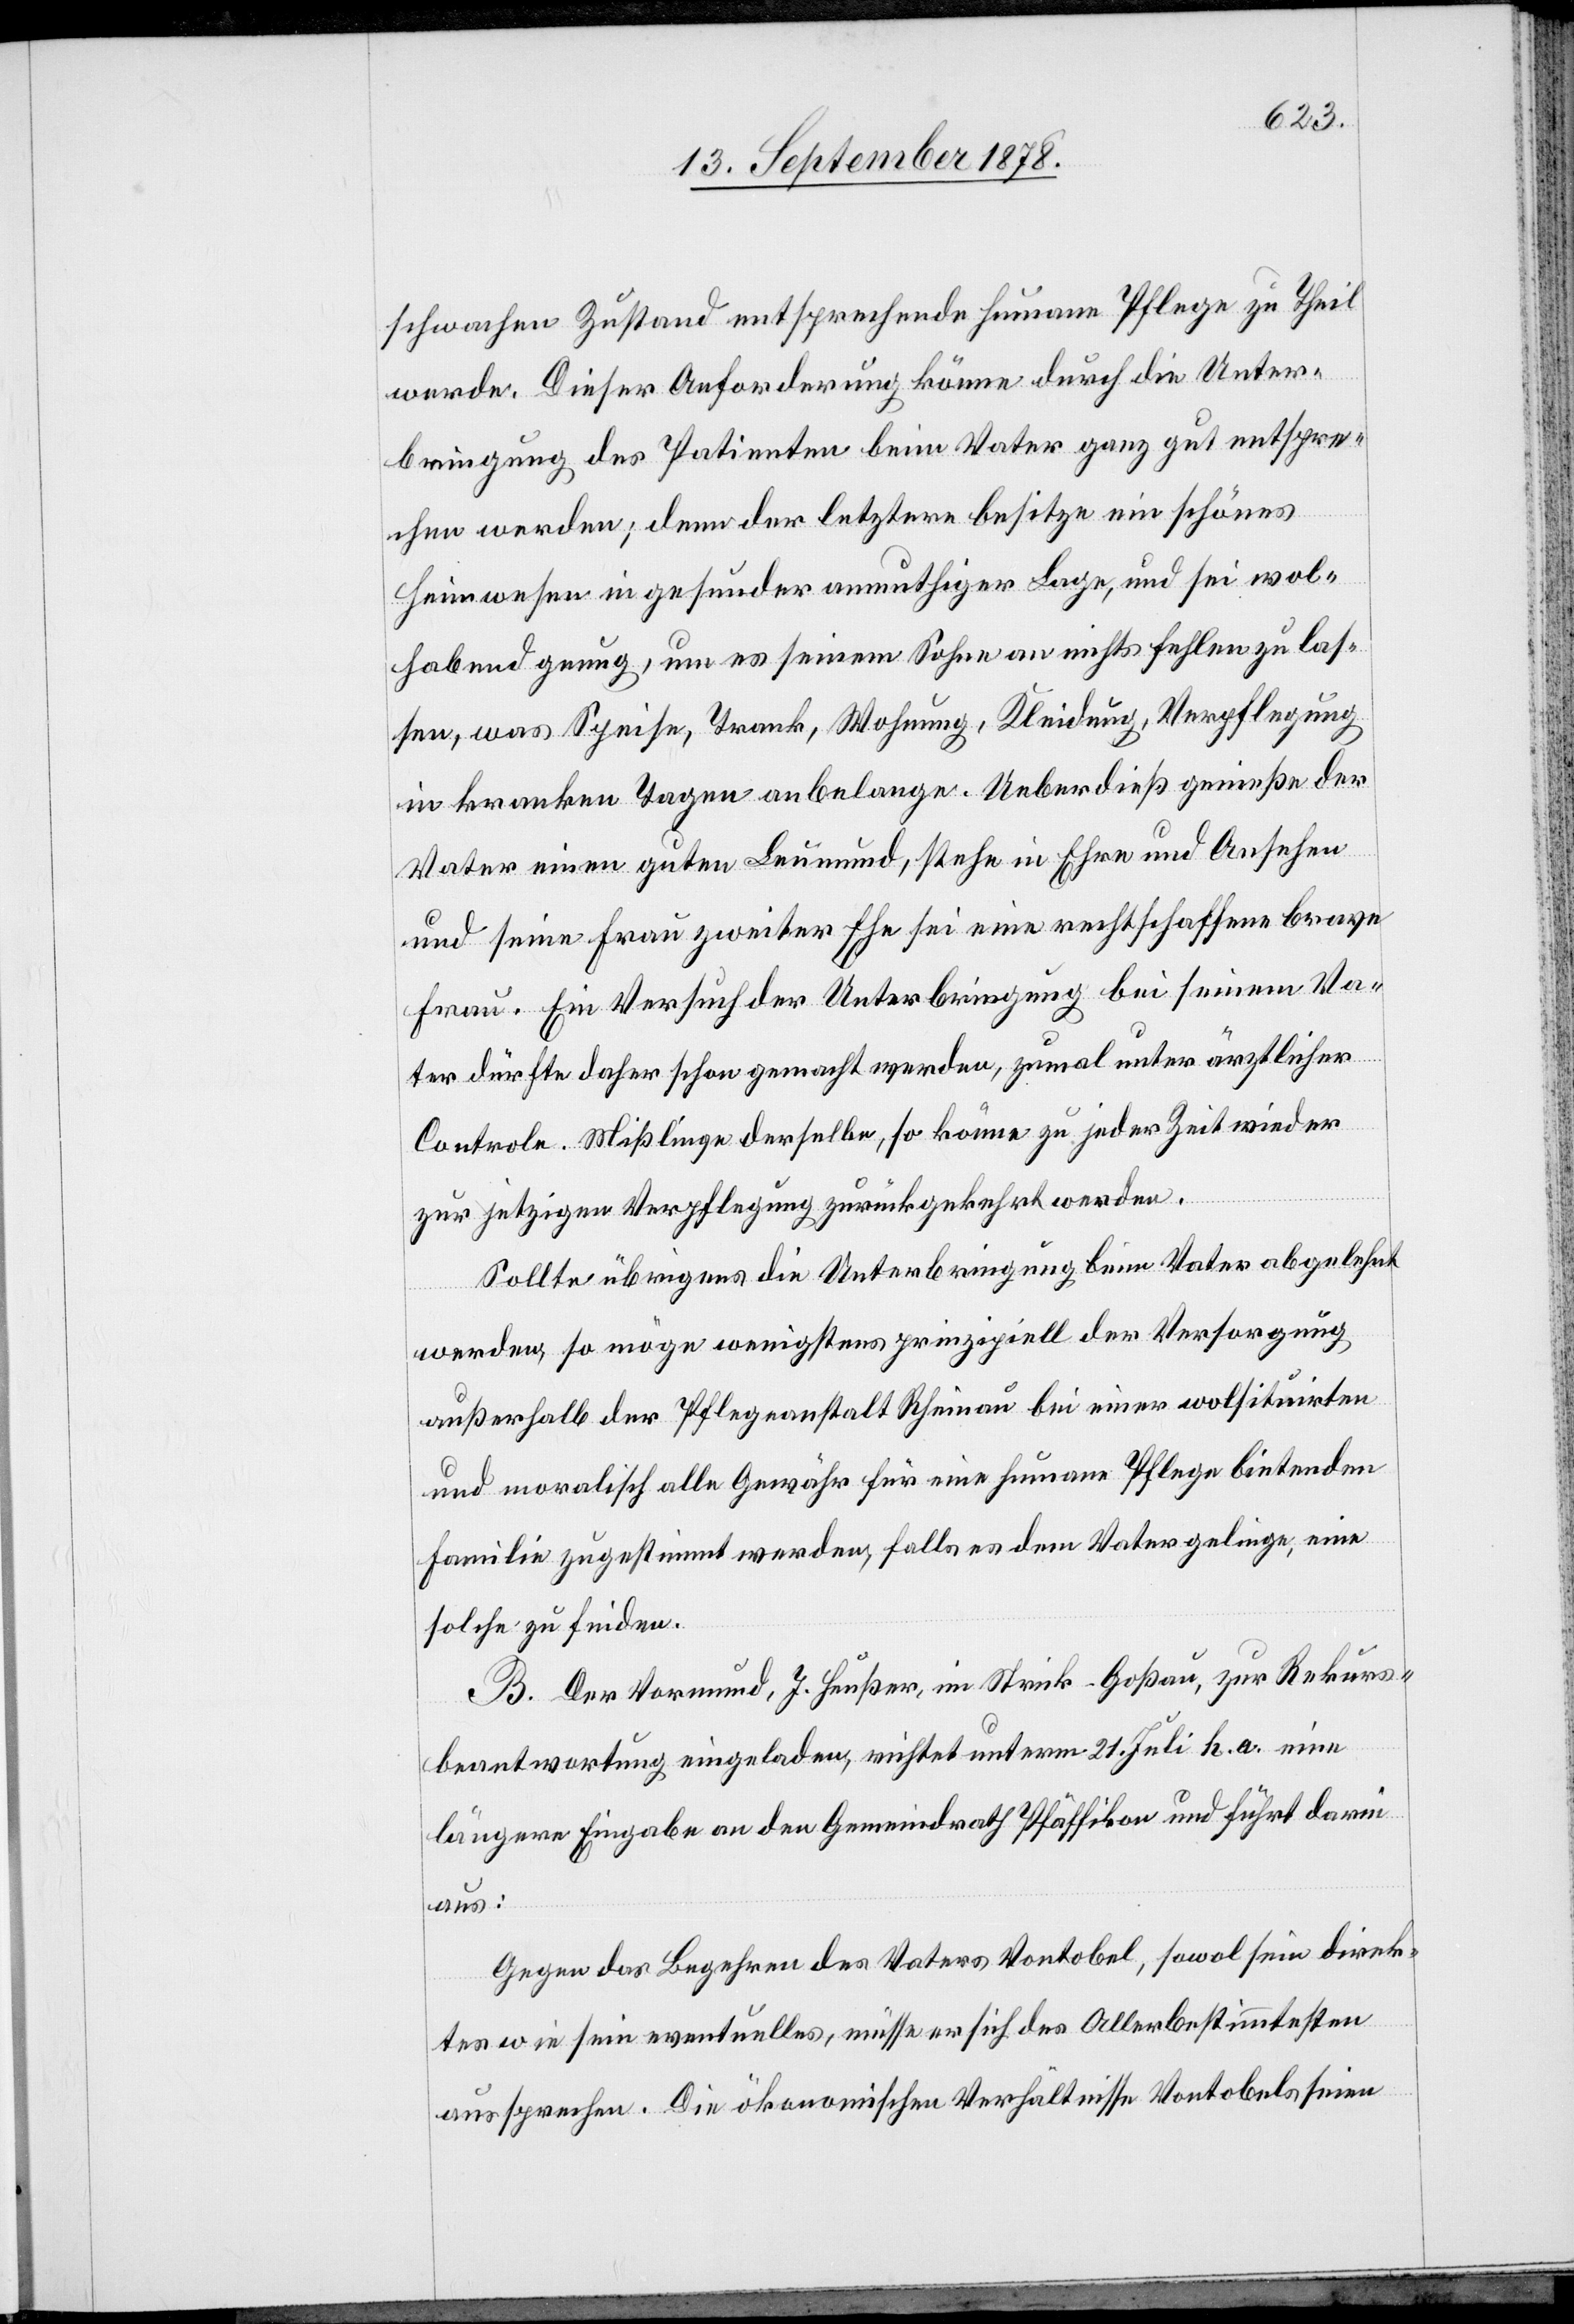
schwachen Zustand entsprechende humane Pflege zu Theil
werde. Dieser Anforderung könne durch die Unter¬
bringung des Patienten beim Vater ganz gut entspre¬
chen] werden; denn der letztere besitze ein schönes
Heimwesen in gesunder anmuthiger Lage, und sei wol¬
habend genug, um es seinem Sohne an nichts fehlen zu las¬
sen, was Speise, Trank, Wohnung, Kleidung, Verpflegung
in kranken Tagen abelange. Ueberdieß genieße der
Vater einen guten Leumund, stehe in Ehre und Ansehen
und seine Frau zweiter Ehe sei eine rechtschaffene brave
Frau. Ein Versuch der Unterbringung bei seinem Va¬
ter dürfte daher schon gemacht werden, zumal unter ärztlicher
Controle. Mißliege derselbe, so könne zu jeder Zeit wieder
zur jetzigen Verpflegung zurückgekehrt werden.
Sollte übrigens die Unterbringung beim Vater abgelehnt
werden, so möge wenigstens prinzipiell der Versorgung
außerhalb der Pflegeanstalt Rheinau bei einer wolsituirten
und moralisch alle Gewähr für eine humane Pflege bietenden
Familie zugestimmt werden, falls es dem Vater gelinge, eine
solche zu finden.
B. Der Vormund, J. Heußer, im Strick - Goßau, zur Rekurs¬
beantwortung eingeladen, richtet unterm 21. Juli h. a. eine
längere Eingabe an den Gemeindrath Pfäffikon und führt darin
aus:
Gegen das Begehren des Vaters Vontobel, sowol sein direk¬
tes wie sein eventuelles, müsse er sich des Allerbestimmtesten
aussprechen. Die ökonomischen Verhältnisse Vontobels seien